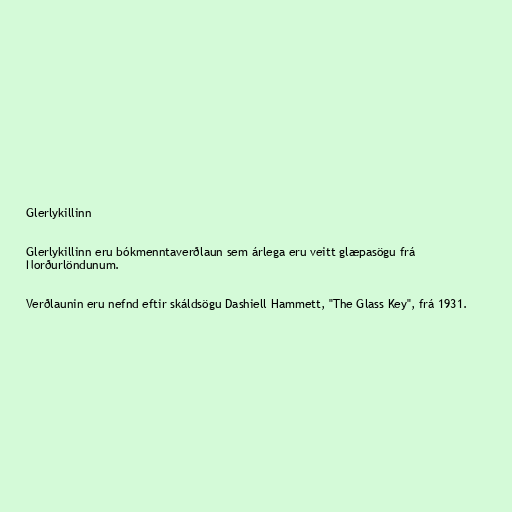
Glerlykillinn

Glerlykillinn eru bókmenntaverðlaun sem árlega eru veitt glæpasögu frá
Norðurlöndunum.

Verðlaunin eru nefnd eftir skáldsögu Dashiell Hammett, "The Glass Key", frá 1931.